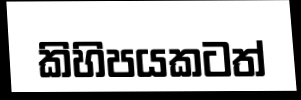
කිහිපයකටත්